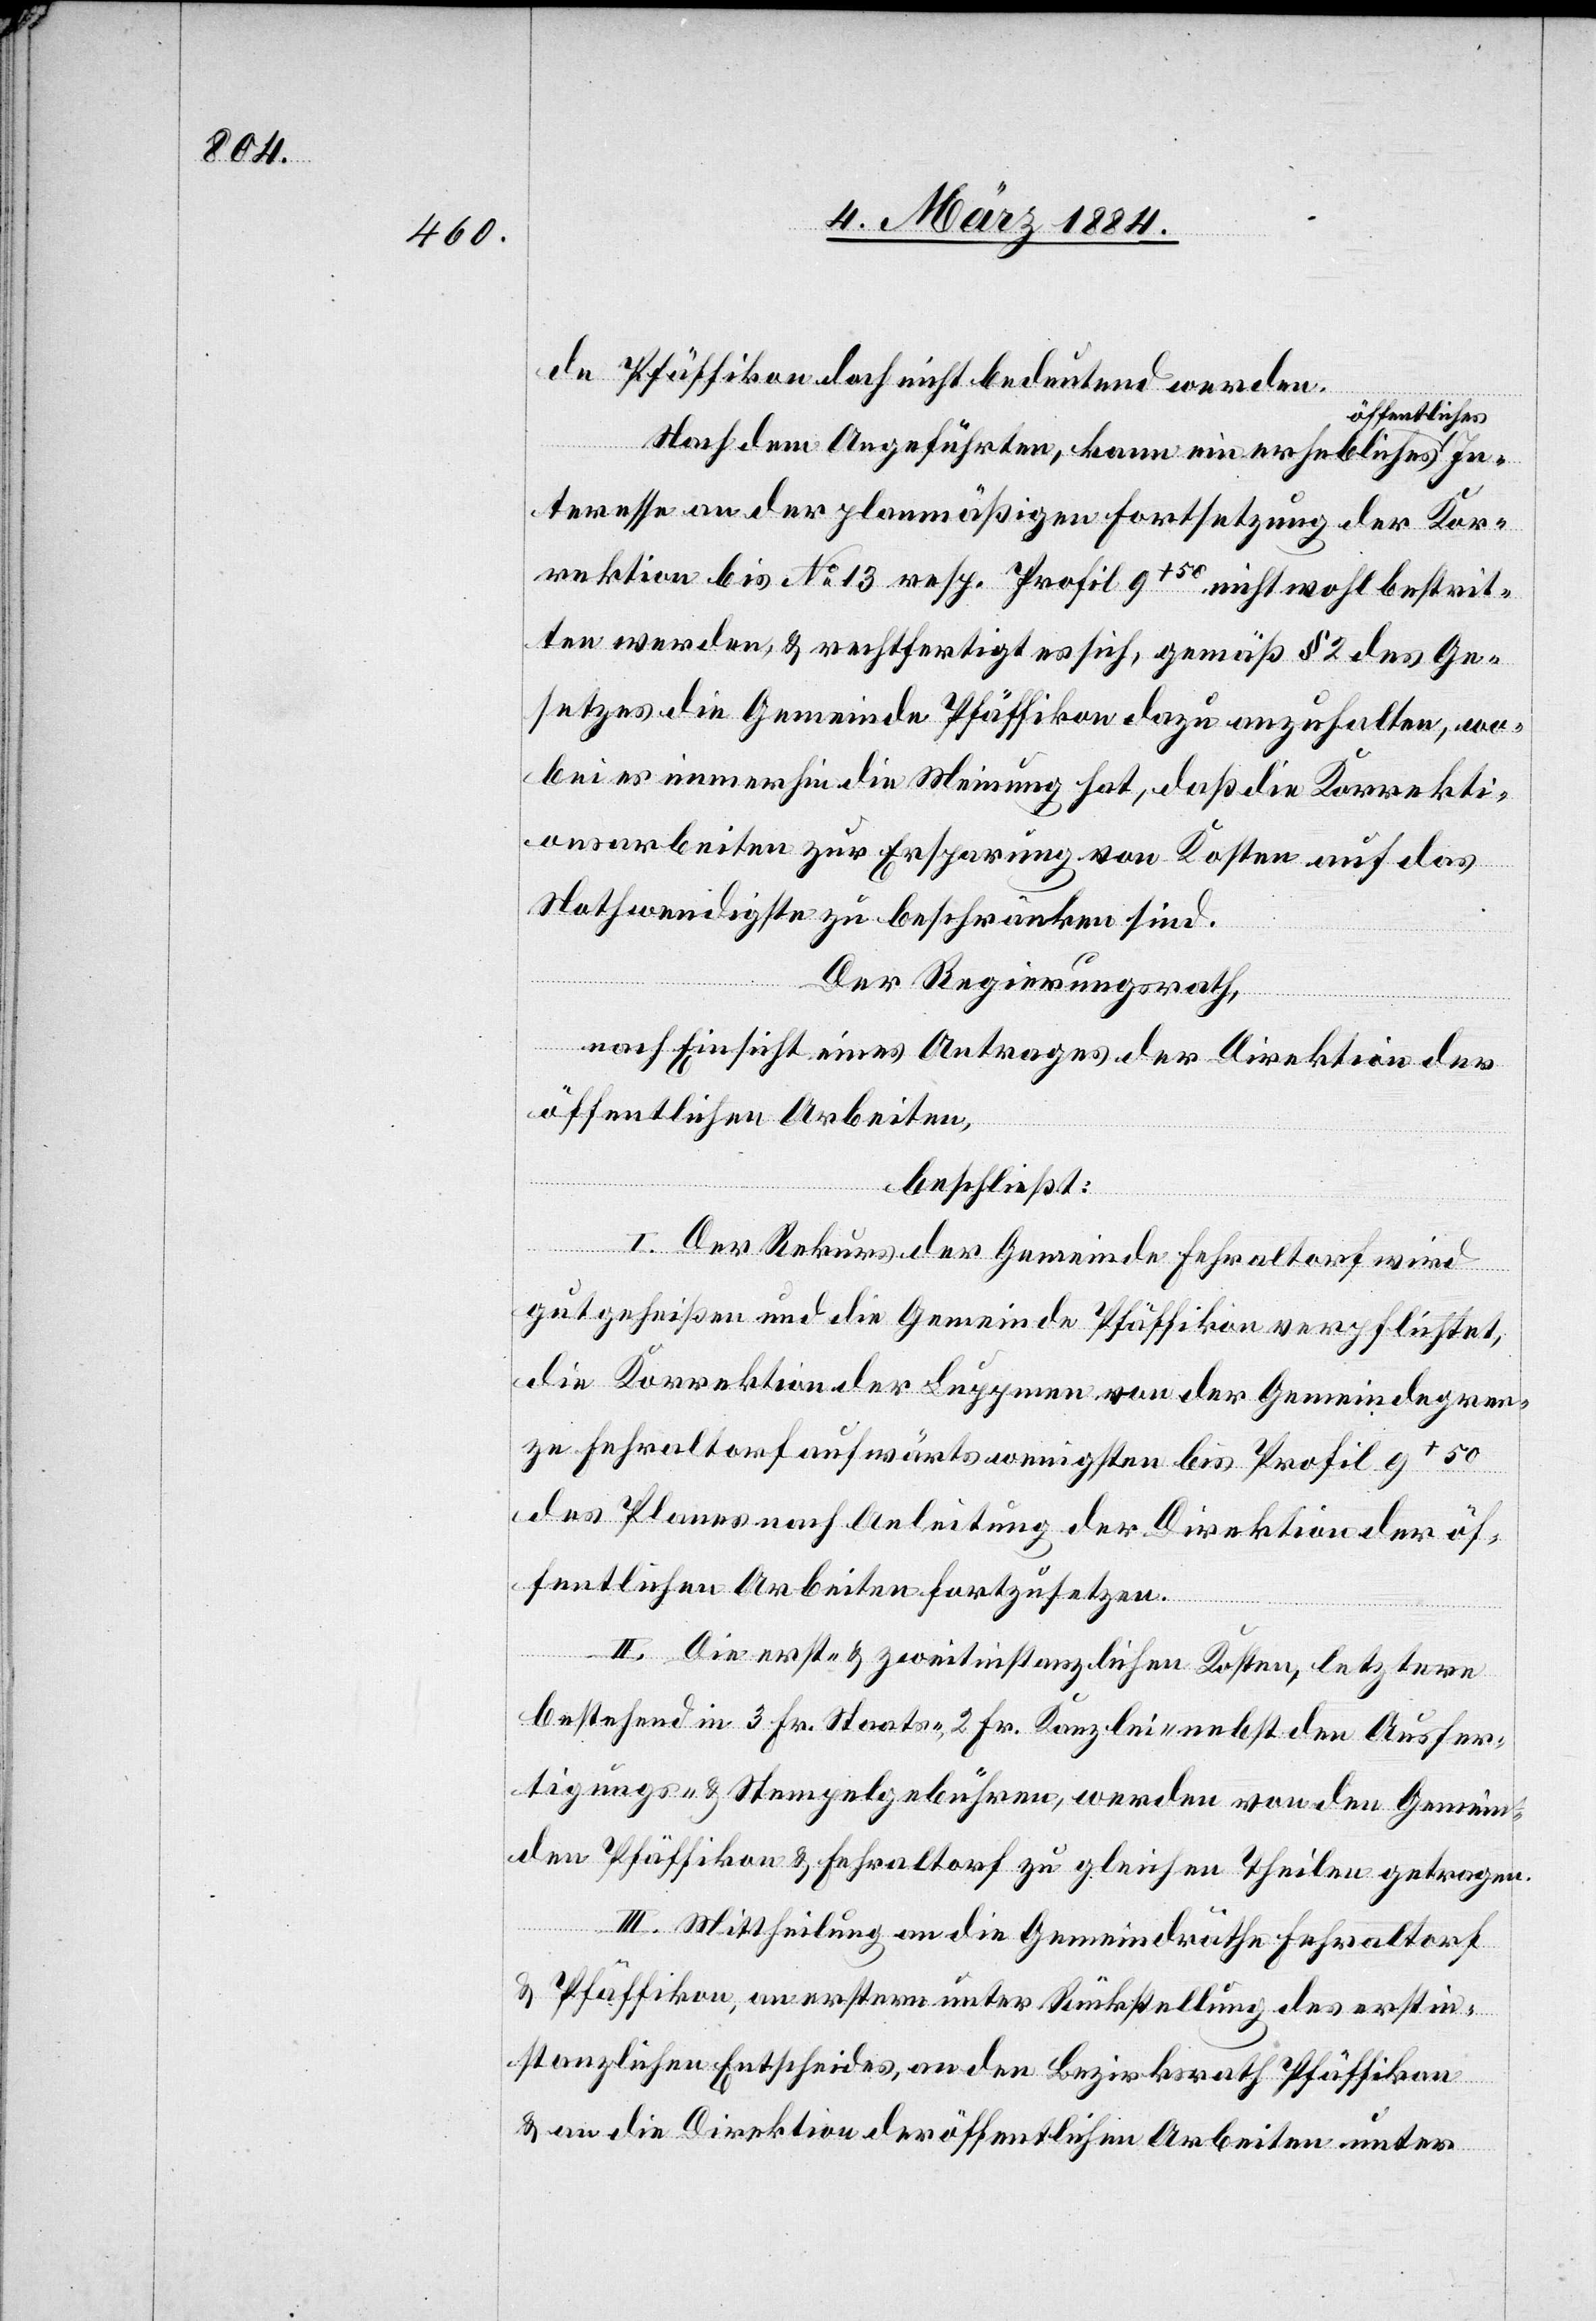
de Pfäffikon doch nicht bedeutend werden.
ffentliches
Nach dem Angeführten, kann ein erhebliches ö¬
Interesse an der planmäßigen Fortsetzung der Kor¬
rektion bis No 13 resp. Profil 9+50 nicht wohl bestrit¬
ten werden, & rechtfertig es sich, gemäß § 2 des Ge¬
setzes die Gemeinde Pfäffikon dazu anzuhalten, wo¬
bei es immerhin die Meinung hat, daß die Korrekti¬
onsarbeiten zur Ersparung von Kosten auf das
Nothwendigste zu beschränken sind.
Der Regierungsrath,
nach Einsicht eines Antrages der Direktion der
öffentlichen Arbeiten,
beschließt:
I. Der Rekurs der Gemeinde Fehraltorf wird
gutgeheißen und die Gemeinde Pfäffikon verpflichtet,
die Korrektion der Luppmen von der Gemeindegren¬
ze Fehraltorf aufwärts wenigstens bis Profil 9+50
des Planes nach Anleitung der Direktion der öf¬
fentlichen Arbeiten fortzusetzen.
II. Die erst- & zweitinstanzlichen Kosten, letztere
bestehend in 3 Fr. Staats-, 2 Fr. Kanzlei- nebst den Ausfer¬
tigungs- & Stempelgebühren, werden von den Gemein¬
den Pfäffikon & Fehraltorf zu gleichen Theilen getragen.
III. Mittheilung an die Gemeinderäthe Fehraltorf
& Pfäffikon, an ersteren unter Rückstellung des erstin¬
stanzlichen Entscheides, an den Bezirksrath Pfäffikon
& an die Direktion der öffentlichen Arbeiten unter